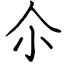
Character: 尒